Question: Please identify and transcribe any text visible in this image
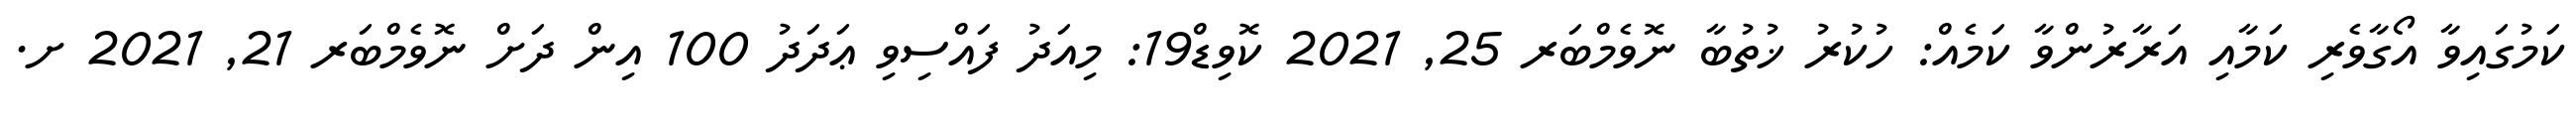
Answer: ކަމުގައިވާ އޯގާވެރި ކަމާއި އަރާރުންވާ ކަމެއް: ހުކުރު ޚުތުބާ ނޮވެމްބަރ 25, 2021 ކޮވިޑް19: މިއަދު ފައްސިވި ޢަދަދު 100 އިން ދަށް ނޮވެމްބަރ 21, 2021 ށ.